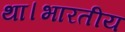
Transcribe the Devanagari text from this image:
था।भारतीय